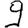
Digit: 9